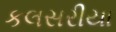
કલસરીયા